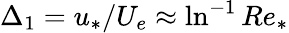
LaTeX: \Delta_{1}=u_{*}/U_{e}\approx\ln^{-1}Re_{*}